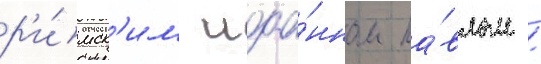
р'и́мск'им иоа́нном па́влом /